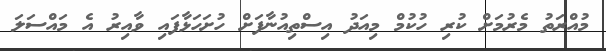
މުއްރަތު މެރުމަށް ކުރި ހުކުމް މިއަދު އިސްތިއުނާފަށް ހުށަހަޅާފައި ވާއިރު އެ މައްސަލަ